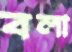
বলা